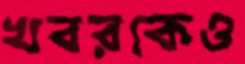
খবরকেও